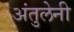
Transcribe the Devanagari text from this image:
अंतुलेनी